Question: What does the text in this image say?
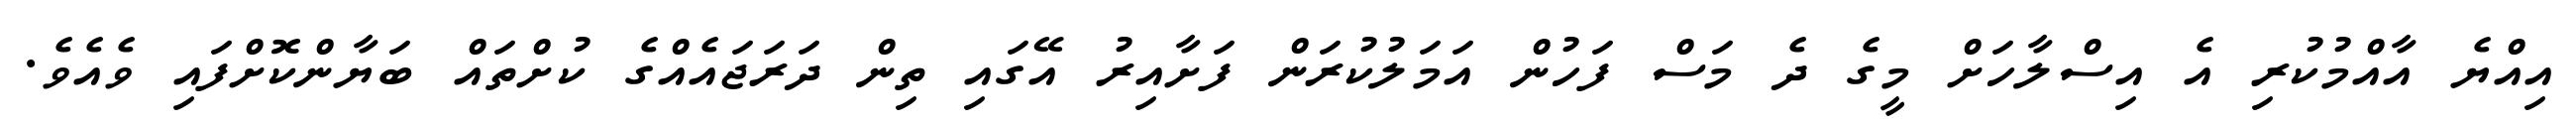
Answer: އިއްޔެ އާއްމުކުރި އެ އިސްލާހަށް މީގެ ދެ މަސް ފަހުން އަމަލުކުރަން ފަށާއިރު އޭގައި ތިން ދަރަޖައެއްގެ ކުށްތައް ބަޔާންކޮށްފައި ވެއެވެ.